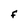
Character: F